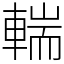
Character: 輲